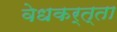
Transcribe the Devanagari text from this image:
वेधकर्त्ता